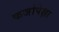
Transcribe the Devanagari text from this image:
कर्जापेक्षा